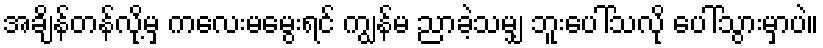
အချိန်တန်လို့မှ ကလေးမမွေးရင် ကျွန်မ ညာခဲ့သမျှ ဘူးပေါ်သလို ပေါ်သွားမှာပဲ။